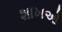
શાખઓ